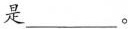
是___。